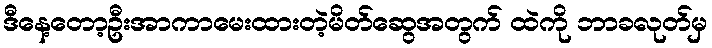
ဒီနေ့တော့ဦးအာကာမေးထားတဲ့မိတ်ဆွေအတွက် ထဲကို ဘာခလုတ်မှ